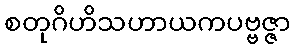
စတုဂိဟိသဟာယကပဗ္ဗဇ္ဇာ